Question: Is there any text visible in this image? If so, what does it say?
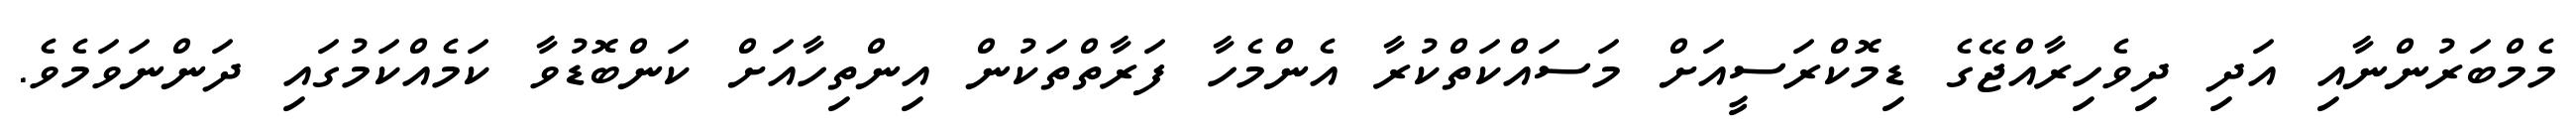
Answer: މެމްބަރުންނާއި އަދި ދިވެހިރާއްޖޭގެ ޑިމޮކްރަސީއަށް މަސައްކަތްކުރާ އެންމެހާ ފަރާތްތަކުން އިންތިހާއަށް ކަންބޮޑުވާ ކަމެއްކަމުގައި ދަންނަވަމެވެ.